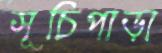
সূচিপাড়া